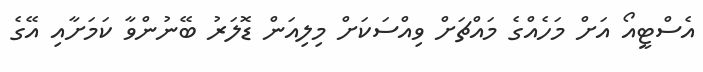
އެސްޓީއޯ އަށް މަހެއްގެ މައްޗަށް ވިއްސަކަށް މިލިއަން ޑޮލަރު ބޭނުންވާ ކަމަށާއި އޭގެ